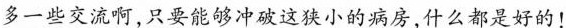
多一些交流啊，只要能够冲破这狭小的病房，什么都是好的！